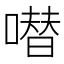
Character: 𠾱